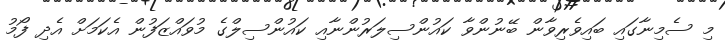
މި ސެމިނާގައި ބައިވެރިވާން ބޭނުންވާ ކައުންސިލަރުންނާއި ކައުންސިލްގެ މުވައްޒަފުން އެކަމަށް އެދި ފޯމު